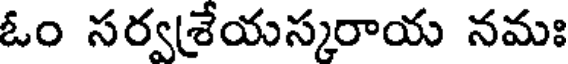
ఓం సర్వశ్రేయస్కరాయ నమః